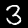
Label: 3